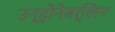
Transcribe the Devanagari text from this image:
उन्होनेबर्लिन